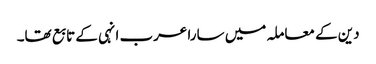
دین کے معاملہ میں سارا عرب انہی کے تابع تھا۔